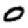
Digit: 0